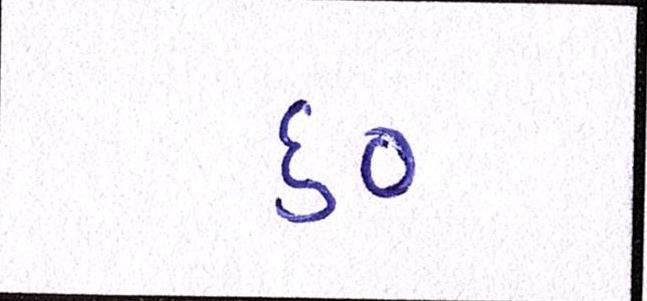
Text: ૬૦